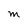
Character: M